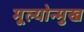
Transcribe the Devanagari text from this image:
मूल्योन्मुख